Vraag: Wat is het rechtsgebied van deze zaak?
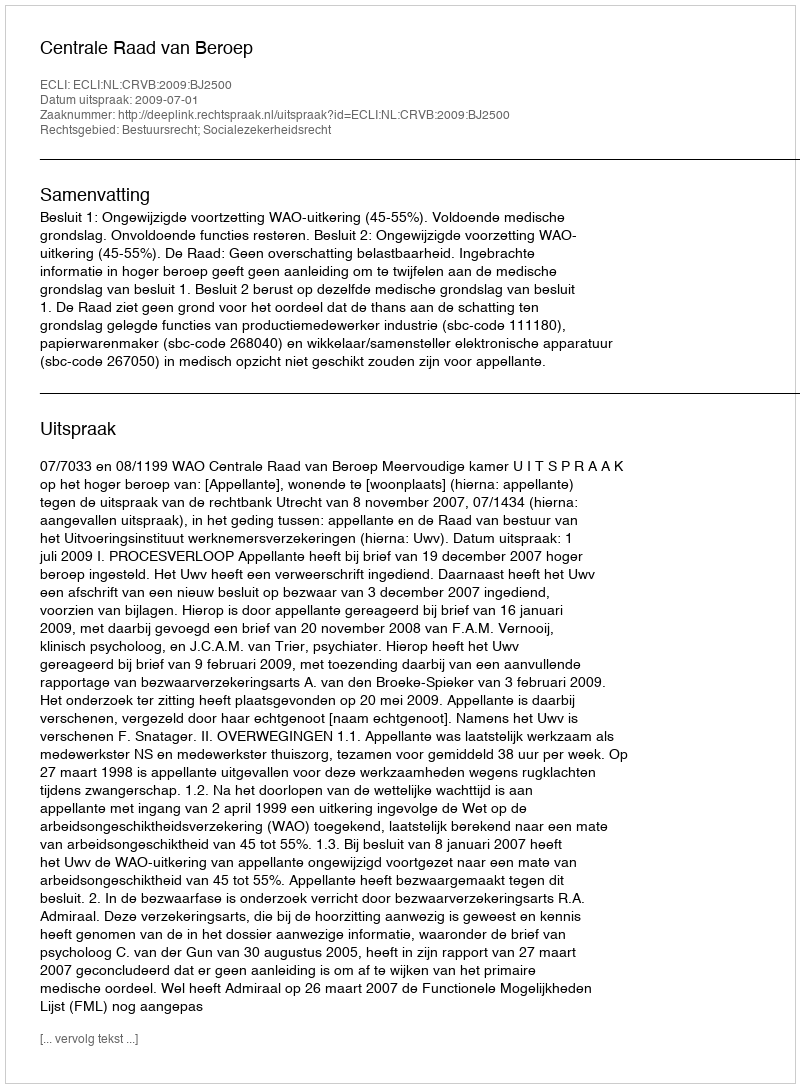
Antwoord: Bestuursrecht; Socialezekerheidsrecht